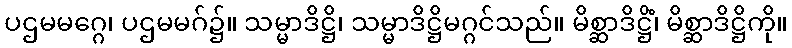
ပဌမမဂ္ဂေ၊ ပဌမမဂ်၌။ သမ္မာဒိဋ္ဌိ၊ သမ္မာဒိဋ္ဌိမဂ္ဂင်သည်။ မိစ္ဆာဒိဋ္ဌိံ၊ မိစ္ဆာဒိဋ္ဌိကို။